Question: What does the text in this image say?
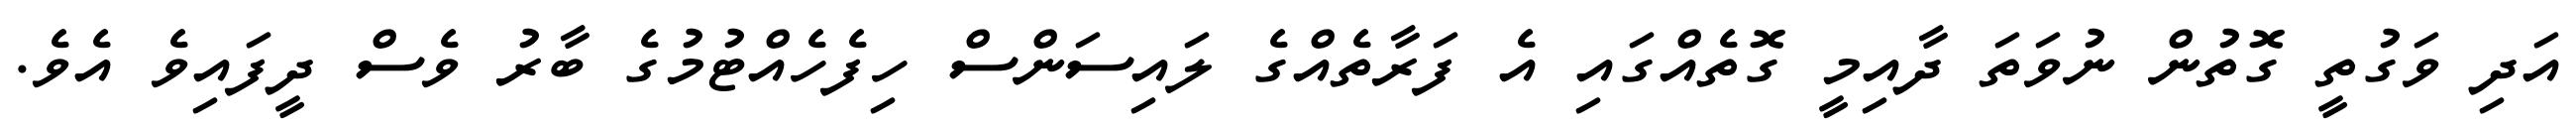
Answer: އަދި ވަގުތީ ގޮތުން ނުވަތަ ދާއިމީ ގޮތެއްގައި އެ ފަރާތެއްގެ ލައިސަންސް ހިފެހެއްޓުމުގެ ބާރު ވެސް ދީފައިވެ އެވެ.